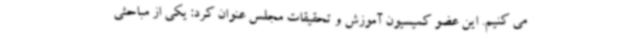
می کنیم. این عضو کمیسیون آموزش و تحقیقات مجلس عنوان کرد: یکی از مباحثی